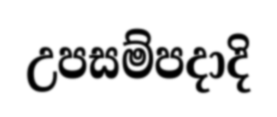
උපසම්පදාදි